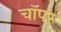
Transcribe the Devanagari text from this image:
चॉपर